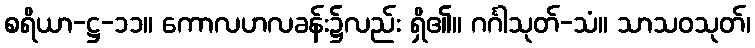
စရိယာ-ဋ္ဌ-၁၁။ ကောလဟလခန်း၌လည်း ရှိ၏။ ဂင်္ဂါသုတ်-သံ။ သာသဝသုတ်၊